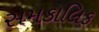
સમકાલિક